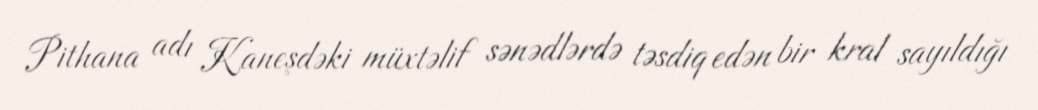
Pithana adı Kaneşdəki müxtəlif sənədlərdə təsdiq edən bir kral sayıldığı